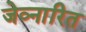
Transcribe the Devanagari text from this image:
जेव्नारित